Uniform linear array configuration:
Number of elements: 8
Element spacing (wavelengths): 0.5
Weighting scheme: hamming
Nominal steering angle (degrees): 45
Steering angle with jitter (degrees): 45.97
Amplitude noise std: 0.05
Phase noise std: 0.05

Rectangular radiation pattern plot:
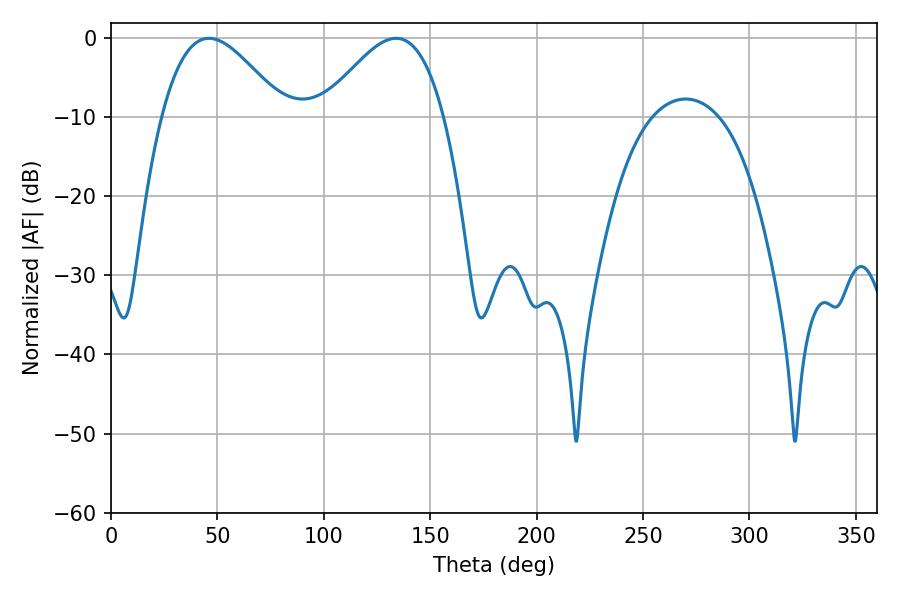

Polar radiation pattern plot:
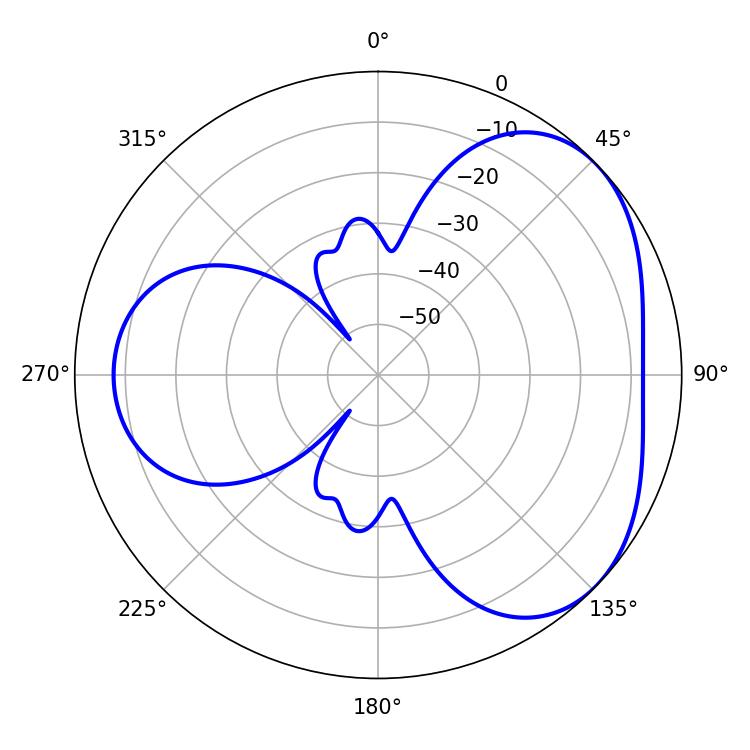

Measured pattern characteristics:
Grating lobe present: FALSE
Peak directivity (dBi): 3.905
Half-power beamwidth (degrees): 30.78
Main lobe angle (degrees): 46.08